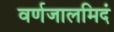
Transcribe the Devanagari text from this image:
वर्णजालमिदं